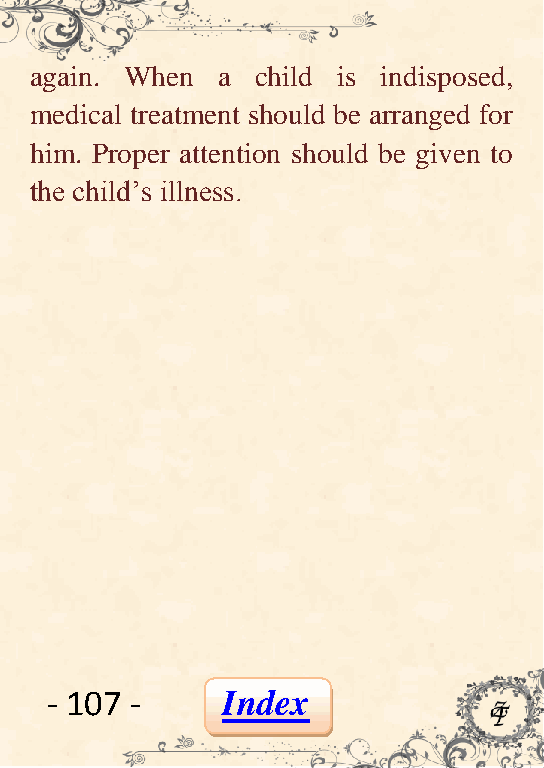
again. When a  child is indisposed,
 medical treatment should be arranged for
 him. Proper attention should be given to
 the child’s illness.
 - 107 -     Index